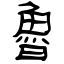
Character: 魯